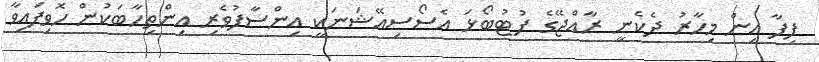
ފިފާ އިން މިހާރު ދެކެނީ ރާއްޖޭގެ ފުޓުބޯޅަ އެސޯސިއޭޝަނަކީ އިންސާފުވެރި އިންތިހާބަކުން ހޮވިފައިވާ